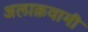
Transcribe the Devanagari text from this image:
अलाक़वामी